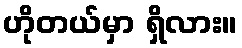
ဟိုတယ်မှာ ရှိလား။